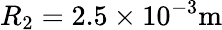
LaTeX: R_{2}=2.5\times 10^{-3}\mathrm{m}